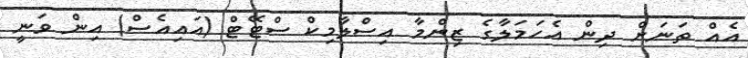
އެއް ތަނަށް ދިން އެހަމަލާގެ ޒިންމާ އިސްލާމިކް ސްޓޭޓް (އައިއެސް) އިން ވަނީ